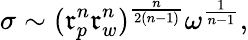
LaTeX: \sigma\sim(\mathfrak{r}_{p}^{n}\mathfrak{r}_{w}^{n})^{\frac{{n}}{{2(n-1)}}}\omega^{\frac{{1}}{{n-1}}},